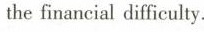
the financial difficulty.